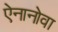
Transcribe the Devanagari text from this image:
ऐनानोवा